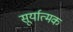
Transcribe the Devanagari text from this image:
सूर्यात्मक